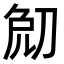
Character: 𠜧